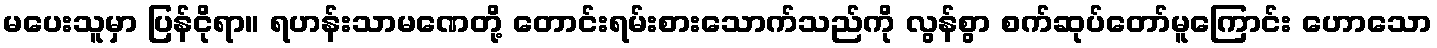
မပေးသူမှာ ပြန်ငိုရာ။ ရဟန်းသာမဏေတို့ တောင်းရမ်းစားသောက်သည်ကို လွန်စွာ စက်ဆုပ်တော်မူကြောင်း ဟောသော